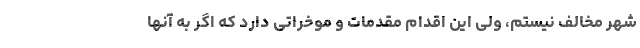
شهر مخالف نیستم، ولی این اقدام مقدمات و موخراتی دارد که اگر به آنها